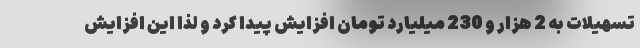
تسهیلات به 2 هزار و 230 میلیارد تومان افزایش پیدا کرد و لذا این افزایش